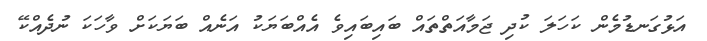
އަޅުގަނޑުމެން ކަހަލަ ކުދި ޖަމާއަތްތައް ބައިބައިވެ އެއްބަޔަކު އަނެއް ބަޔަކަށް ވާހަކަ ނުދެއްކޭ